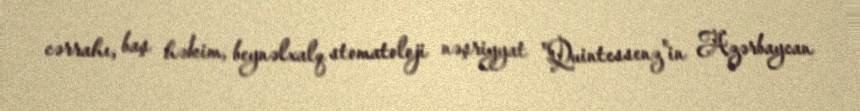
cərrahı, baş həkim, beynəlxalq stomatoloji nəşriyyat "Quintessenz"in Azərbaycan